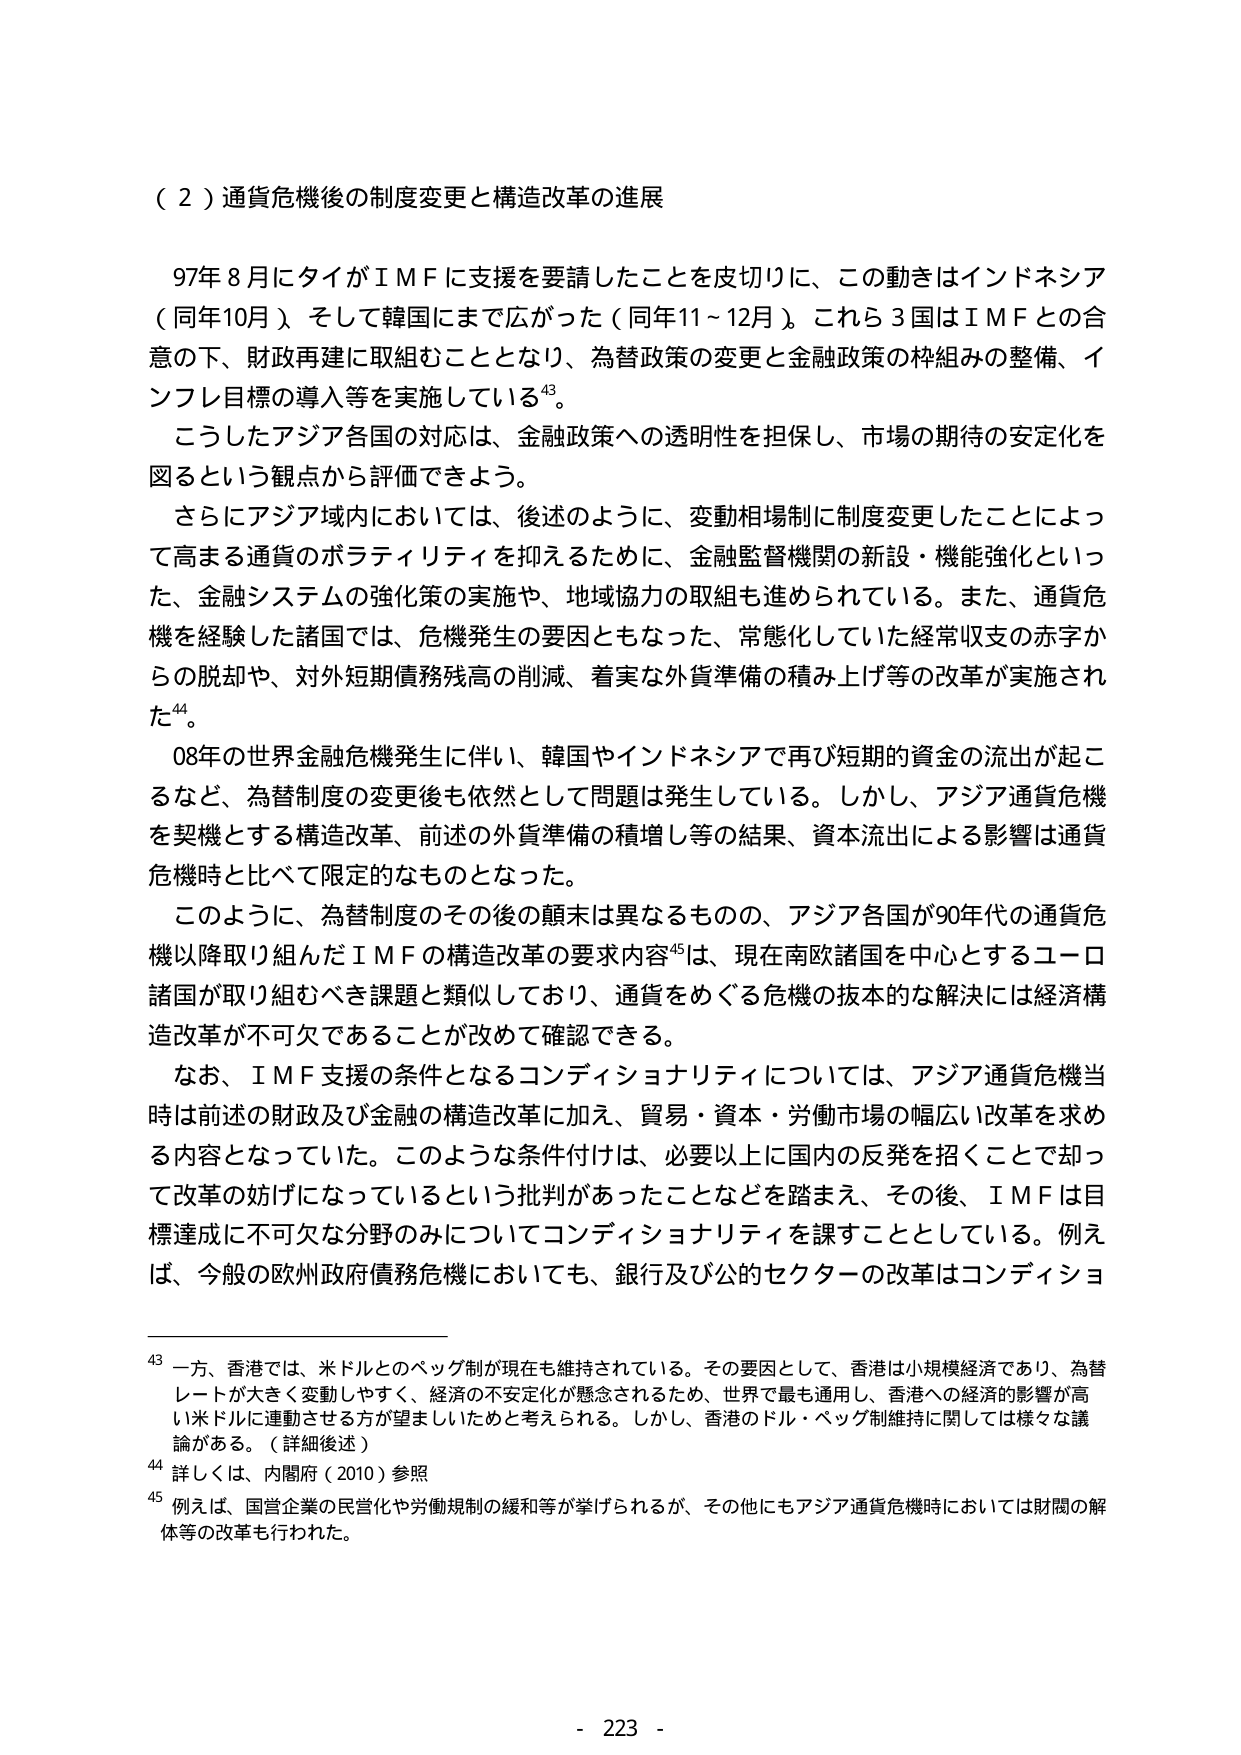
（２）通貨危機後の制度変更と構造改革の進展

97年8月にタイがＩＭＦに支援を要請したことを皮切りに、この動きはインドネシア（同年10月）、そして韓国にまで広がった（同年11～12月）。これら3国はＩＭＦとの合意の下、財政再建に取組むこととなり、為替政策の変更と金融政策の枠組みの整備、インフレ目標の導入等を実施している⁴³。

こうしたアジア各国の対応は、金融政策への透明性を担保し、市場の期待の安定化を図るという観点から評価できよう。

さらにアジア域内においては、後述のように、変動相場制に制度変更したことによって高まる通貨のボラティリティを抑えるために、金融監督機関の新設・機能強化といった、金融システムの強化策の実施や、地域協力の取組も進められている。また、通貨危機を経験した諸国では、危機発生の要因ともなった、常態化していた経常収支の赤字からの脱却や、対外短期債務残高の削減、着実な外貨準備の積み上げ等の改革が実施された⁴⁴。

08年の世界金融危機発生に伴い、韓国やインドネシアで再び短期的資金の流出が起こるなど、為替制度の変更後も依然として問題は発生している。しかし、アジア通貨危機を契機とする構造改革、前述の外貨準備の積増し等の結果、資本流出による影響は通貨危機時と比べて限定的なものとなった。

このように、為替制度のその後の顛末は異なるものの、アジア各国が90年代の通貨危機以降取り組んだＩＭＦの構造改革の要求内容⁴⁵は、現在南欧諸国を中心とするユーロ諸国が取り組むべき課題と類似しており、通貨をめぐる危機の抜本的な解決には経済構造改革が不可欠であることが改めて確認できる。

なお、ＩＭＦ支援の条件となるコンディショナリティについては、アジア通貨危機当時は前述の財政及び金融の構造改革に加え、貿易・資本・労働市場の幅広い改革を求める内容となっていた。このような条件付けは、必要以上に国内の反発を招くことで却って改革の妨げになっているという批判があったことなどを踏まえ、その後、ＩＭＦは目標達成に不可欠な分野のみについてコンディショナリティを課すこととしている。例えば、今般の欧州政府債務危機においても、銀行及び公的セクターの改革はコンディショ

⁴³ 一方、香港では、米ドルとのペッグ制が現在も維持されている。その要因として、香港は小規模経済であり、為替レートが大きく変動しやすく、経済の不安定化が懸念されるため、世界で最も通用し、香港への経済的影響が高い米ドルに連動させる方が望ましいためと考えられる。しかし、香港のドル・ペッグ制維持に関しては様々な議論がある。（詳細後述）

⁴⁴ 詳しくは、内閣府（2010）参照

⁴⁵ 例えば、国営企業の民営化や労働規制の緩和等が挙げられるが、その他にもアジア通貨危機時においては財閥の解体等の改革も行われた。

- 223 -